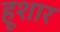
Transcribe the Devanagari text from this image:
हूशार